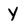
Character: Y